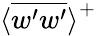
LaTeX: \textlangle\overline{{w^{\prime}w^{\prime}}}\textrangle^{+}